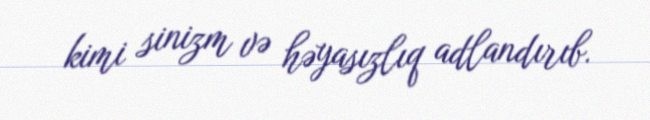
kimi sinizm və həyasızlıq adlandırıb.